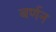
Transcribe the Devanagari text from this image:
बर्णन